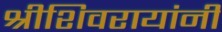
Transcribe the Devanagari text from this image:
श्रीशिवरायांनी